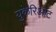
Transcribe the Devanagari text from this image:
युकेरिओट